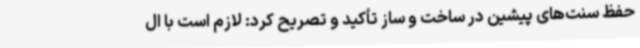
حفظ سنت‌های پیشین در ساخت و ساز تأکید و تصریح کرد: لازم است با ال